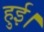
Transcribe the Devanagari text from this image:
हुुुुई।